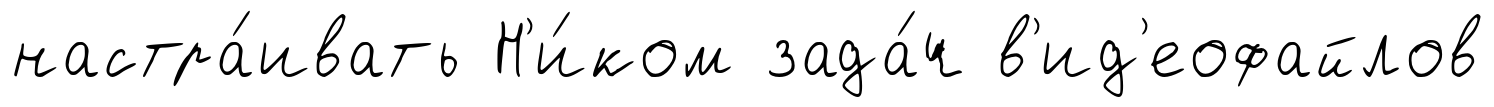
настра́ивать Н'и́ком зада́ч в'ид'еофайлов